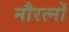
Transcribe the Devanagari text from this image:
नौरत्नों